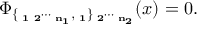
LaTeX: \Phi _ { \bf \{ \mu _ { 1 } \mu _ { 2 } \cdots \mu _ { n _ { 1 } } , \nu _ { 1 } \} \nu _ { 2 } \cdots \nu _ { n _ { 2 } } } ( x ) = 0 .